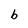
Character: b